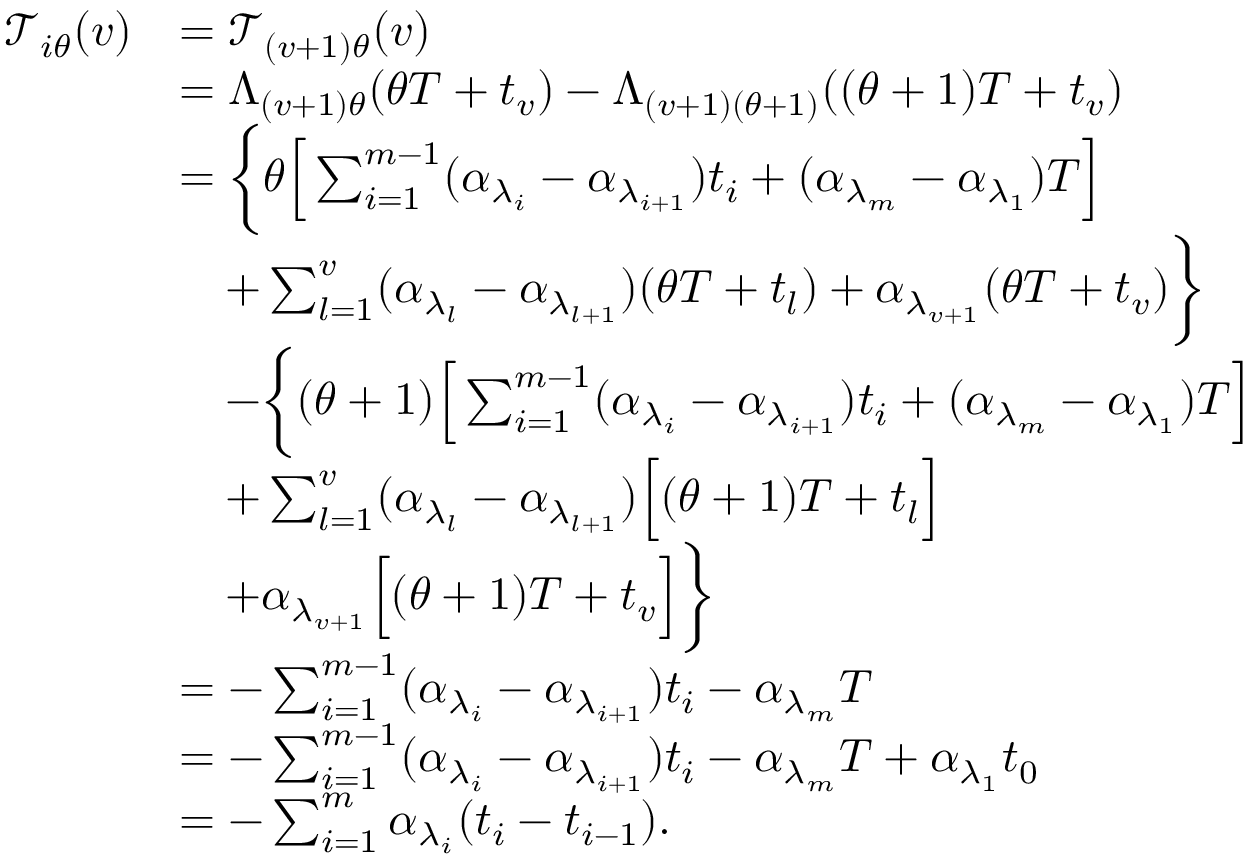
\begin{array} { r l } { \mathcal { T } _ { i \theta } ( v ) } & { = \mathcal { T } _ { ( v + 1 ) \theta } ( v ) } \\ & { = \Lambda _ { ( v + 1 ) \theta } ( \theta T + t _ { v } ) - \Lambda _ { ( v + 1 ) ( \theta + 1 ) } ( ( \theta + 1 ) T + t _ { v } ) } \\ & { = \bigg \{ \theta \Big [ \sum _ { i = 1 } ^ { m - 1 } ( \alpha _ { \lambda _ { i } } - \alpha _ { \lambda _ { i + 1 } } ) t _ { i } + ( \alpha _ { \lambda _ { m } } - \alpha _ { \lambda _ { 1 } } ) T \Big ] } \\ & { \quad + \sum _ { l = 1 } ^ { v } ( \alpha _ { \lambda _ { l } } - \alpha _ { \lambda _ { l + 1 } } ) ( \theta T + t _ { l } ) + \alpha _ { \lambda _ { v + 1 } } ( \theta T + t _ { v } ) \bigg \} } \\ & { \quad - \bigg \{ ( \theta + 1 ) \Big [ \sum _ { i = 1 } ^ { m - 1 } ( \alpha _ { \lambda _ { i } } - \alpha _ { \lambda _ { i + 1 } } ) t _ { i } + ( \alpha _ { \lambda _ { m } } - \alpha _ { \lambda _ { 1 } } ) T \Big ] } \\ & { \quad + \sum _ { l = 1 } ^ { v } ( \alpha _ { \lambda _ { l } } - \alpha _ { \lambda _ { l + 1 } } ) \Big [ ( \theta + 1 ) T + t _ { l } \Big ] } \\ & { \quad + \alpha _ { \lambda _ { v + 1 } } \Big [ ( \theta + 1 ) T + t _ { v } \Big ] \bigg \} } \\ & { = - \sum _ { i = 1 } ^ { m - 1 } ( \alpha _ { \lambda _ { i } } - \alpha _ { \lambda _ { i + 1 } } ) t _ { i } - \alpha _ { \lambda _ { m } } T } \\ & { = - \sum _ { i = 1 } ^ { m - 1 } ( \alpha _ { \lambda _ { i } } - \alpha _ { \lambda _ { i + 1 } } ) t _ { i } - \alpha _ { \lambda _ { m } } T + \alpha _ { \lambda _ { 1 } } t _ { 0 } } \\ & { = - \sum _ { i = 1 } ^ { m } \alpha _ { \lambda _ { i } } ( t _ { i } - t _ { i - 1 } ) . } \end{array}